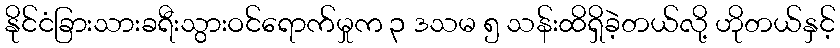
နိုင်ငံခြားသားခရီးသွားဝင်ရောက်မှုက ၃ ဒသမ ၅ သန်းထိရှိခဲ့တယ်လို့ ဟိုတယ်နှင့်